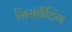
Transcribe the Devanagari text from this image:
मिसब्रैंडिंग